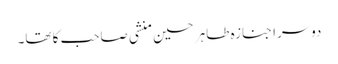
دوسرا جنازہ طاہر حسین منشی صاحب کا تھا۔